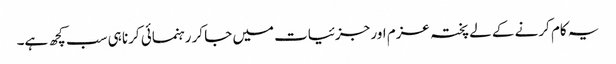
یہ کام کرنے کے لے پختہ عزم اور جزئیات میں جا کر رہنمائی کرنا ہی سب کچھ ہے۔